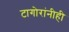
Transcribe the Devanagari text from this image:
टागोरांनीही